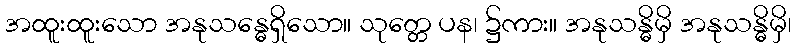
အထူးထူးသော အနုသန္ဓေရှိသော။ သုတ္တေ ပန၊ ၌ကား။ အနုသန္ဓိမှိ အနုသန္ဓိမှိ၊